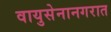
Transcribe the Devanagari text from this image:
वायुसेनानगरात